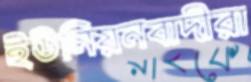
ইউনিয়নবাদীরা